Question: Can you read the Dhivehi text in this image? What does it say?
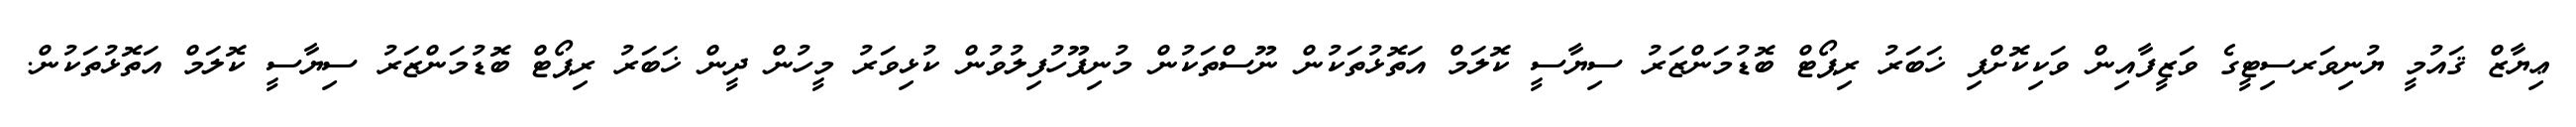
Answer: ޢިޔާޒް ޤައުމީ ޔުނިވަރސިޓީގެ ވަޒީފާއިން ވަކިކޮށްފި ޚަބަރު ރިޕޯޓް ބޮޑުމަންޒަރު ސިޔާސީ ކޮލަމް އަތޮޅުތަކުން ނޫސްތަކުން މުނިފޫހުފިލުވުން ކުޅިވަރު މީހުން ދީން ޚަބަރު ރިޕޯޓް ބޮޑުމަންޒަރު ސިޔާސީ ކޮލަމް އަތޮޅުތަކުން.